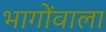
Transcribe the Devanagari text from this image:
भागोंवाला